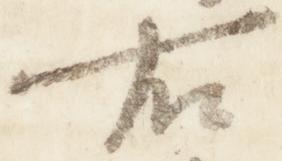
右